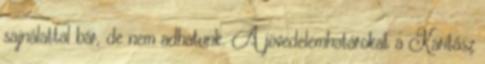
sajnálattal bár, de nem adhatunk. A jövedelemhatárokat a Karitász